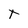
Character: t